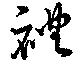
礼